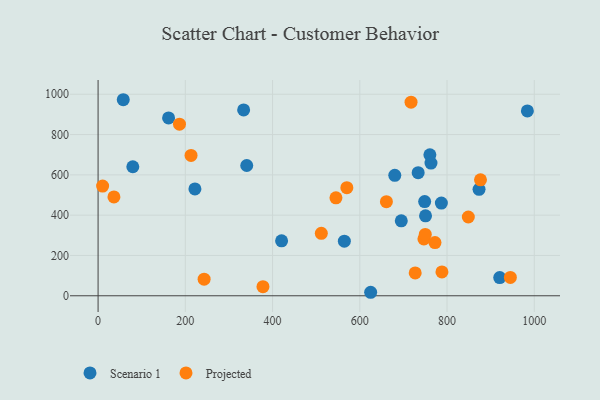
{"axis": {"x": "Experience", "y": "Fuel Efficiency"}, "legend": ["Projected", "Scenario 1"], "data": [{"x": "340.8", "y": 646.5, "type": "Scenario 1"}, {"x": "79.6", "y": 640.3, "type": "Scenario 1"}, {"x": "680.2", "y": 597.9, "type": "Scenario 1"}, {"x": "695.1", "y": 371.7, "type": "Scenario 1"}, {"x": "420.7", "y": 272.6, "type": "Scenario 1"}, {"x": "750.7", "y": 396.8, "type": "Scenario 1"}, {"x": "760.7", "y": 699.6, "type": "Scenario 1"}, {"x": "873.4", "y": 528.1, "type": "Scenario 1"}, {"x": "564.6", "y": 271.0, "type": "Scenario 1"}, {"x": "624.9", "y": 17.4, "type": "Scenario 1"}, {"x": "161.6", "y": 882.7, "type": "Scenario 1"}, {"x": "333.7", "y": 922.4, "type": "Scenario 1"}, {"x": "984.2", "y": 917.0, "type": "Scenario 1"}, {"x": "787.0", "y": 460.1, "type": "Scenario 1"}, {"x": "57.7", "y": 972.8, "type": "Scenario 1"}, {"x": "748.7", "y": 467.4, "type": "Scenario 1"}, {"x": "222.0", "y": 530.3, "type": "Scenario 1"}, {"x": "763.2", "y": 658.6, "type": "Scenario 1"}, {"x": "920.8", "y": 90.2, "type": "Scenario 1"}, {"x": "733.8", "y": 611.0, "type": "Scenario 1"}, {"x": "747.0", "y": 282.2, "type": "Projected"}, {"x": "750.1", "y": 304.3, "type": "Projected"}, {"x": "545.3", "y": 486.1, "type": "Projected"}, {"x": "717.5", "y": 960.4, "type": "Projected"}, {"x": "186.6", "y": 851.5, "type": "Projected"}, {"x": "727.0", "y": 113.3, "type": "Projected"}, {"x": "772.4", "y": 264.1, "type": "Projected"}, {"x": "848.8", "y": 390.8, "type": "Projected"}, {"x": "511.8", "y": 309.8, "type": "Projected"}, {"x": "661.0", "y": 466.7, "type": "Projected"}, {"x": "876.7", "y": 575.5, "type": "Projected"}, {"x": "378.0", "y": 45.2, "type": "Projected"}, {"x": "36.3", "y": 490.3, "type": "Projected"}, {"x": "788.3", "y": 118.5, "type": "Projected"}, {"x": "213.1", "y": 696.4, "type": "Projected"}, {"x": "570.3", "y": 536.5, "type": "Projected"}, {"x": "10.4", "y": 544.2, "type": "Projected"}, {"x": "243.1", "y": 82.6, "type": "Projected"}, {"x": "945.2", "y": 90.9, "type": "Projected"}]}